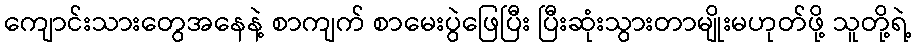
ကျောင်းသားတွေအနေနဲ့ စာကျက် စာမေးပွဲဖြေပြီး ပြီးဆုံးသွားတာမျိုးမဟုတ်ဖို့ သူတို့ရဲ့